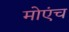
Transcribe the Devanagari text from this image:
मोएंच